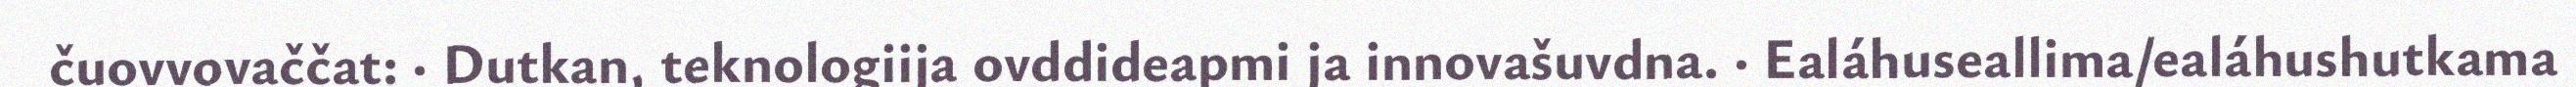
čuovvovaččat: · Dutkan, teknologiija ovddideapmi ja innovašuvdna. · Ealáhuseallima/ealáhushutkama